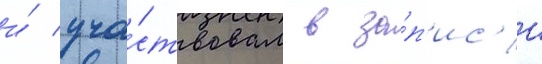
и́ уча́ствовал в за́п'ис'и